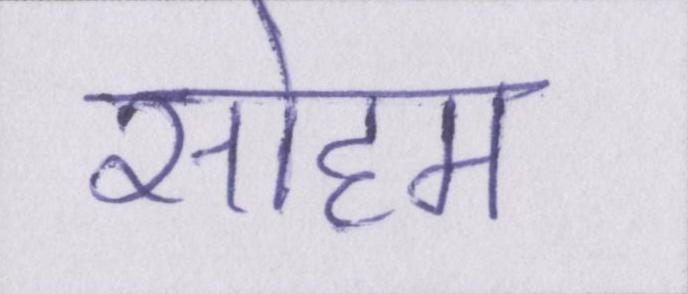
सोहम